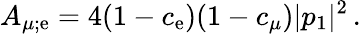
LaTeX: A_{\mu;\mathrm{e}}=4(1-c_{\mathrm{e}})(1-c_{\mu})|p_{1}|^{2}\, .